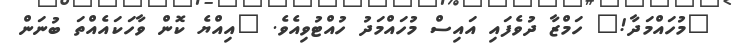
"މުހައްމަދާ!" ހަމްޒާ ދުވެފައި އައިސް މުހައްމަދު ހުއްޓުވިއެވެ. "އިއްޔެ ކޮން ވާހަކައެއްތަ ބުނަން